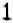
1